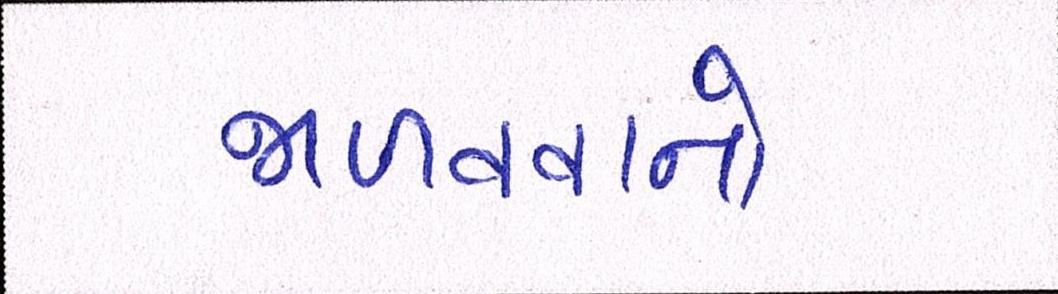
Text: જાળવવાનો